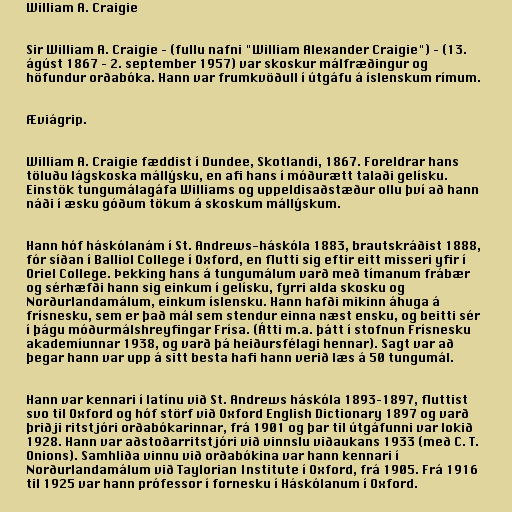
William A. Craigie

Sir William A. Craigie – (fullu nafni "William Alexander Craigie") – (13.
ágúst 1867 – 2. september 1957) var skoskur málfræðingur og
höfundur orðabóka. Hann var frumkvöðull í útgáfu á íslenskum rímum.

Æviágrip.

William A. Craigie fæddist í Dundee, Skotlandi, 1867. Foreldrar hans
töluðu lágskoska mállýsku, en afi hans í móðurætt talaði gelísku.
Einstök tungumálagáfa Williams og uppeldisaðstæður ollu því að hann
náði í æsku góðum tökum á skoskum mállýskum.

Hann hóf háskólanám í St. Andrews-háskóla 1883, brautskráðist 1888,
fór síðan í Balliol College í Oxford, en flutti sig eftir eitt misseri yfir í
Oriel College. Þekking hans á tungumálum varð með tímanum frábær
og sérhæfði hann sig einkum í gelísku, fyrri alda skosku og
Norðurlandamálum, einkum íslensku. Hann hafði mikinn áhuga á
frísnesku, sem er það mál sem stendur einna næst ensku, og beitti sér
í þágu móðurmálshreyfingar Frísa. (Átti m.a. þátt í stofnun Frísnesku
akademíunnar 1938, og varð þá heiðursfélagi hennar). Sagt var að
þegar hann var upp á sitt besta hafi hann verið læs á 50 tungumál.

Hann var kennari í latínu við St. Andrews háskóla 1893–1897, fluttist
svo til Oxford og hóf störf við Oxford English Dictionary 1897 og varð
þriðji ritstjóri orðabókarinnar, frá 1901 og þar til útgáfunni var lokið
1928. Hann var aðstoðarritstjóri við vinnslu viðaukans 1933 (með C. T.
Onions). Samhliða vinnu við orðabókina var hann kennari í
Norðurlandamálum við Taylorian Institute í Oxford, frá 1905. Frá 1916
til 1925 var hann prófessor í fornesku í Háskólanum í Oxford.